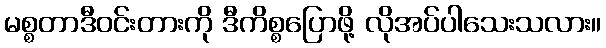
မစ္စတာဒီဝင်းတားကို ဒီကိစ္စပြောဖို့ လိုအပ်ပါသေးသလား။